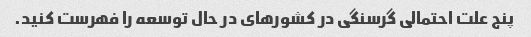
پنج علت احتمالی گرسنگی در کشورهای در حال توسعه را فهرست کنید.